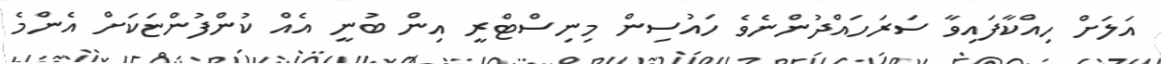
އަލަށް ހިއްކާފައިވާ ސަރަހައްދުންނެވެ ހައުސިން މިނިސްޓްރީ އިން ބުނީ އެއް ކުންފުންޏަކަށް އެންމެ